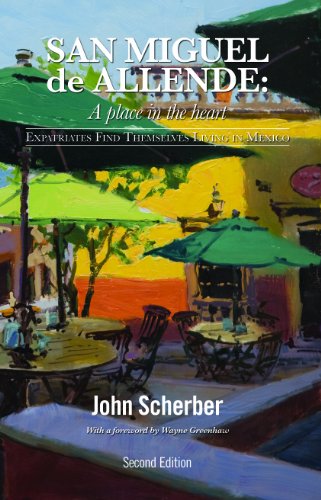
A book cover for San Miguel de Allende: A Place in the Heart; John Scherber; Travel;